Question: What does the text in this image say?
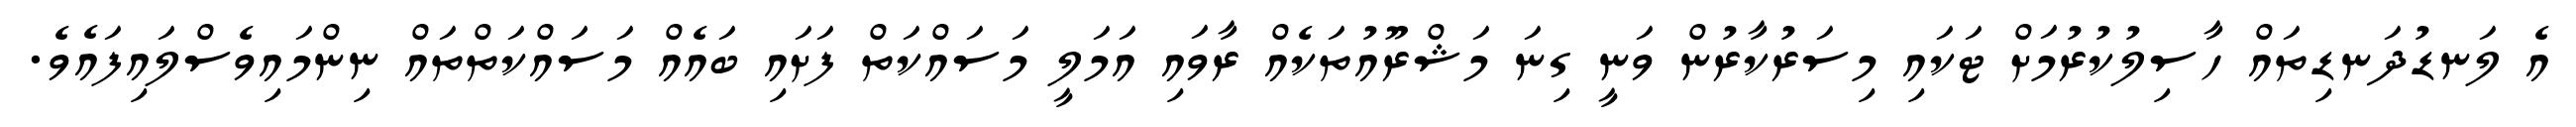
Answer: އެ ލަނޑުދަނޑިތައް ހާސިލުކުރުމަށް ޓަކައި މިސަރުކާރުން ވަނީ ގިނަ މަޝްރޫއުތަކެއް ރާވައި އަމަލީ މަސައްކަތް ފަށައި ބައެއް މަސައްކަތްތައް ނިންމައިވެސްލައިފައެވެ.